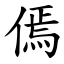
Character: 傿